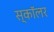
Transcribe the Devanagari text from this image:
स्काॅलर